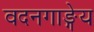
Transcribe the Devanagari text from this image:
वदनगाङ्गेय